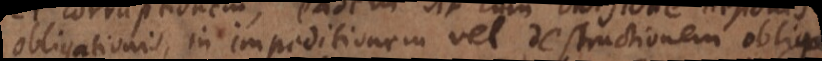
obligationis, in impeditionem vel destructionem obliga